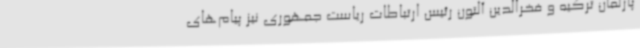
پارلمان ترکیه و فخرالدین آلتون رئیس ارتباطات ریاست جمهوری نیز پیام‌های